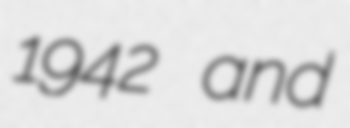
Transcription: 1942 and